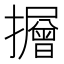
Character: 𭣃